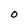
Character: O